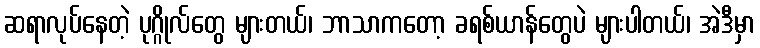
ဆရာလုပ်နေတဲ့ ပုဂ္ဂိုလ်တွေ များတယ်၊ ဘာသာကတော့ ခရစ်ယာန်တွေပဲ များပါတယ်၊ အဲဒီမှာ